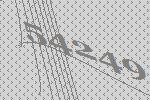
54249